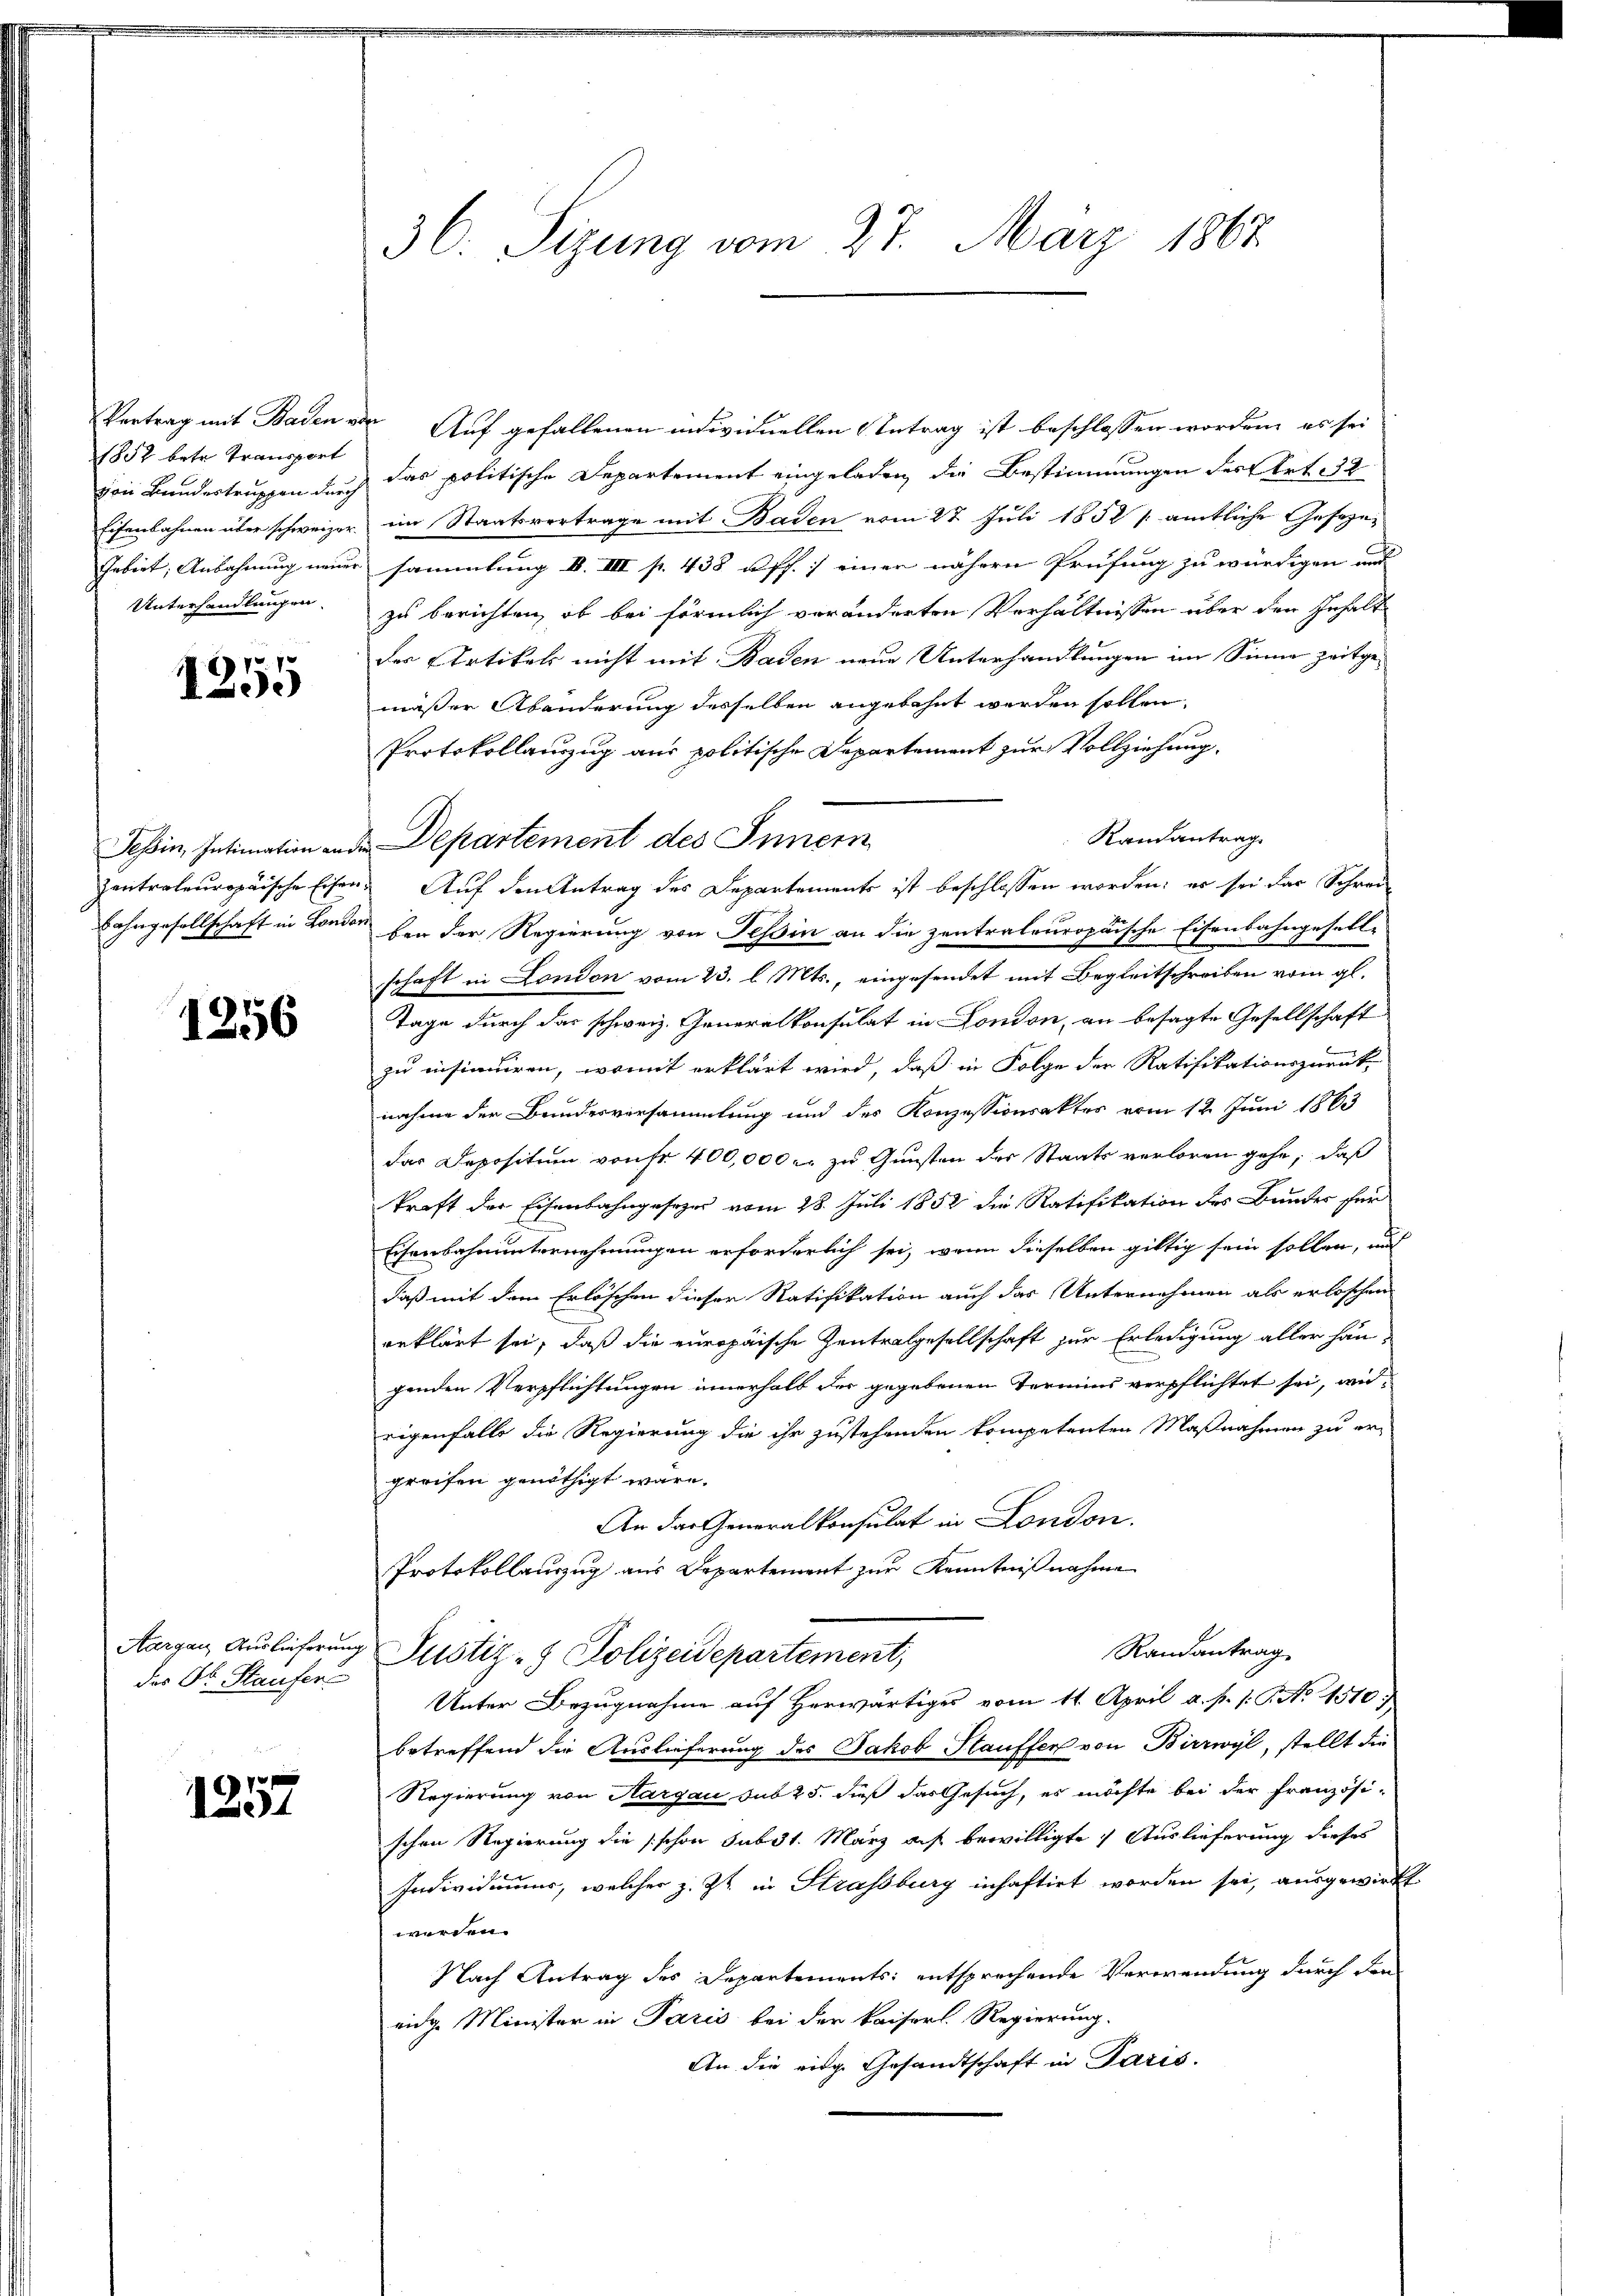
1857 betr. Transport
Eisenbahnen über schweizer.
Unterhandlungen

1255

1256

des Dr. Staufer

123.

36. Sizung vom 27. März 1867.

Vertrag mit Baden vor Auf gefallenen individuellen Antrag ist beschlossen worden, es sei
von Bundertruppen durch das politische Departement eingeladen, die Bestimmungen des Art. 32
 im Staatsvertrage mit Baden vom 27. Juli 1852 / amtliche Geseze¬
Gebiet; Anbahnung neuer sammlung d. III p. 438 uff. ; einer nähern Prüfung zu würdigen und
zu berichten, ob bei förmlich veränderten Verhältnissen über den Inhalt
der Artikels nicht mit Baden neue Unterhandlungen im Sinne zeitgemäßer Abänderung desselben angebahnt werden sollen.
Protokollauszug aus politische Departement zur Vollziehung.
Randantrag.
Tessin, Intimation ande Departement des Innern
zentraleuropäische Eisen. Auf den Antrag des Departements ist beschlossen worden; es sei das Schrei¬
Bahngesellschaft in London bei der Regierung von Tessin an die zentraleuropäische Eisenbahngeselle
schaft in London vom 23. l. Mts., eingesendet mit Begleitschreiben vom gl.
Tage durch das schweiz. Generalkonsulat in London, an besagte Gesellschaft
zu insinuiren, womit erklärt wird, daß in Folge der Ratifikationszurück-
nahme der Bundesversammlung und des Konzessionsaktes vom 12. Juni 1863
das Depositum von Fr. 400,000 er zu Gunsten der Staats verloren gehe; daß
kraft der Eisenbahngesezes vom 28. Juli 1852 die Ratifikation des Bunder für
Eisenbahnunternehmungen erforderlich sei, wenn dieselben giltig sein sollen, und
daß mit dem Erlöschen dieser Ratifikation auch das Unternehmen als erloschen
erklärt sei, daß die europäische Zentralgesellschaft zur Erledigung aller han-
genden Verpflichtungen innerhalb der gegebenen Termins verpflichtet sei, wieeigenfalls die Regierung die ihr zustehenden kompetenten Maßnahmen zu er-
greifen genöthigt wäre.
An der Generalkonsulat in London.
Protokollauszug aus Departement zur Kenntnißnahme
Randantrag
Aargau, Auslieferung Justiz- & Polizeidepartement,
Unter Bezugnahme auf Herwärtiges vom 11. April a. p. 1. No 1510),
betreffend die Auslieferung des Jakob Stauffen von Birrwyl, stellt die
Regierung von Aargau sub 25. dieß das Gesuch, es möchte bei der französi-
schen Regierung die schon subst. März auf bewilligte Auslieferung dieses
Individuums, welcher z. Zt. in Strassburg inhaftirt worden sei, ausgewirkt
werden.
Nach Antrag des Departements: entsprechende Verwendung durch den
eige Minister in Paris bei der kaiserl. Regierung.
An die eige Gesandtschaft in Paris.